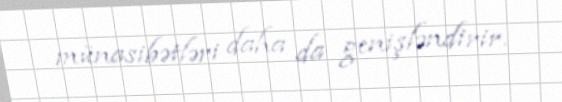
münasibətləri daha da genişləndirir.